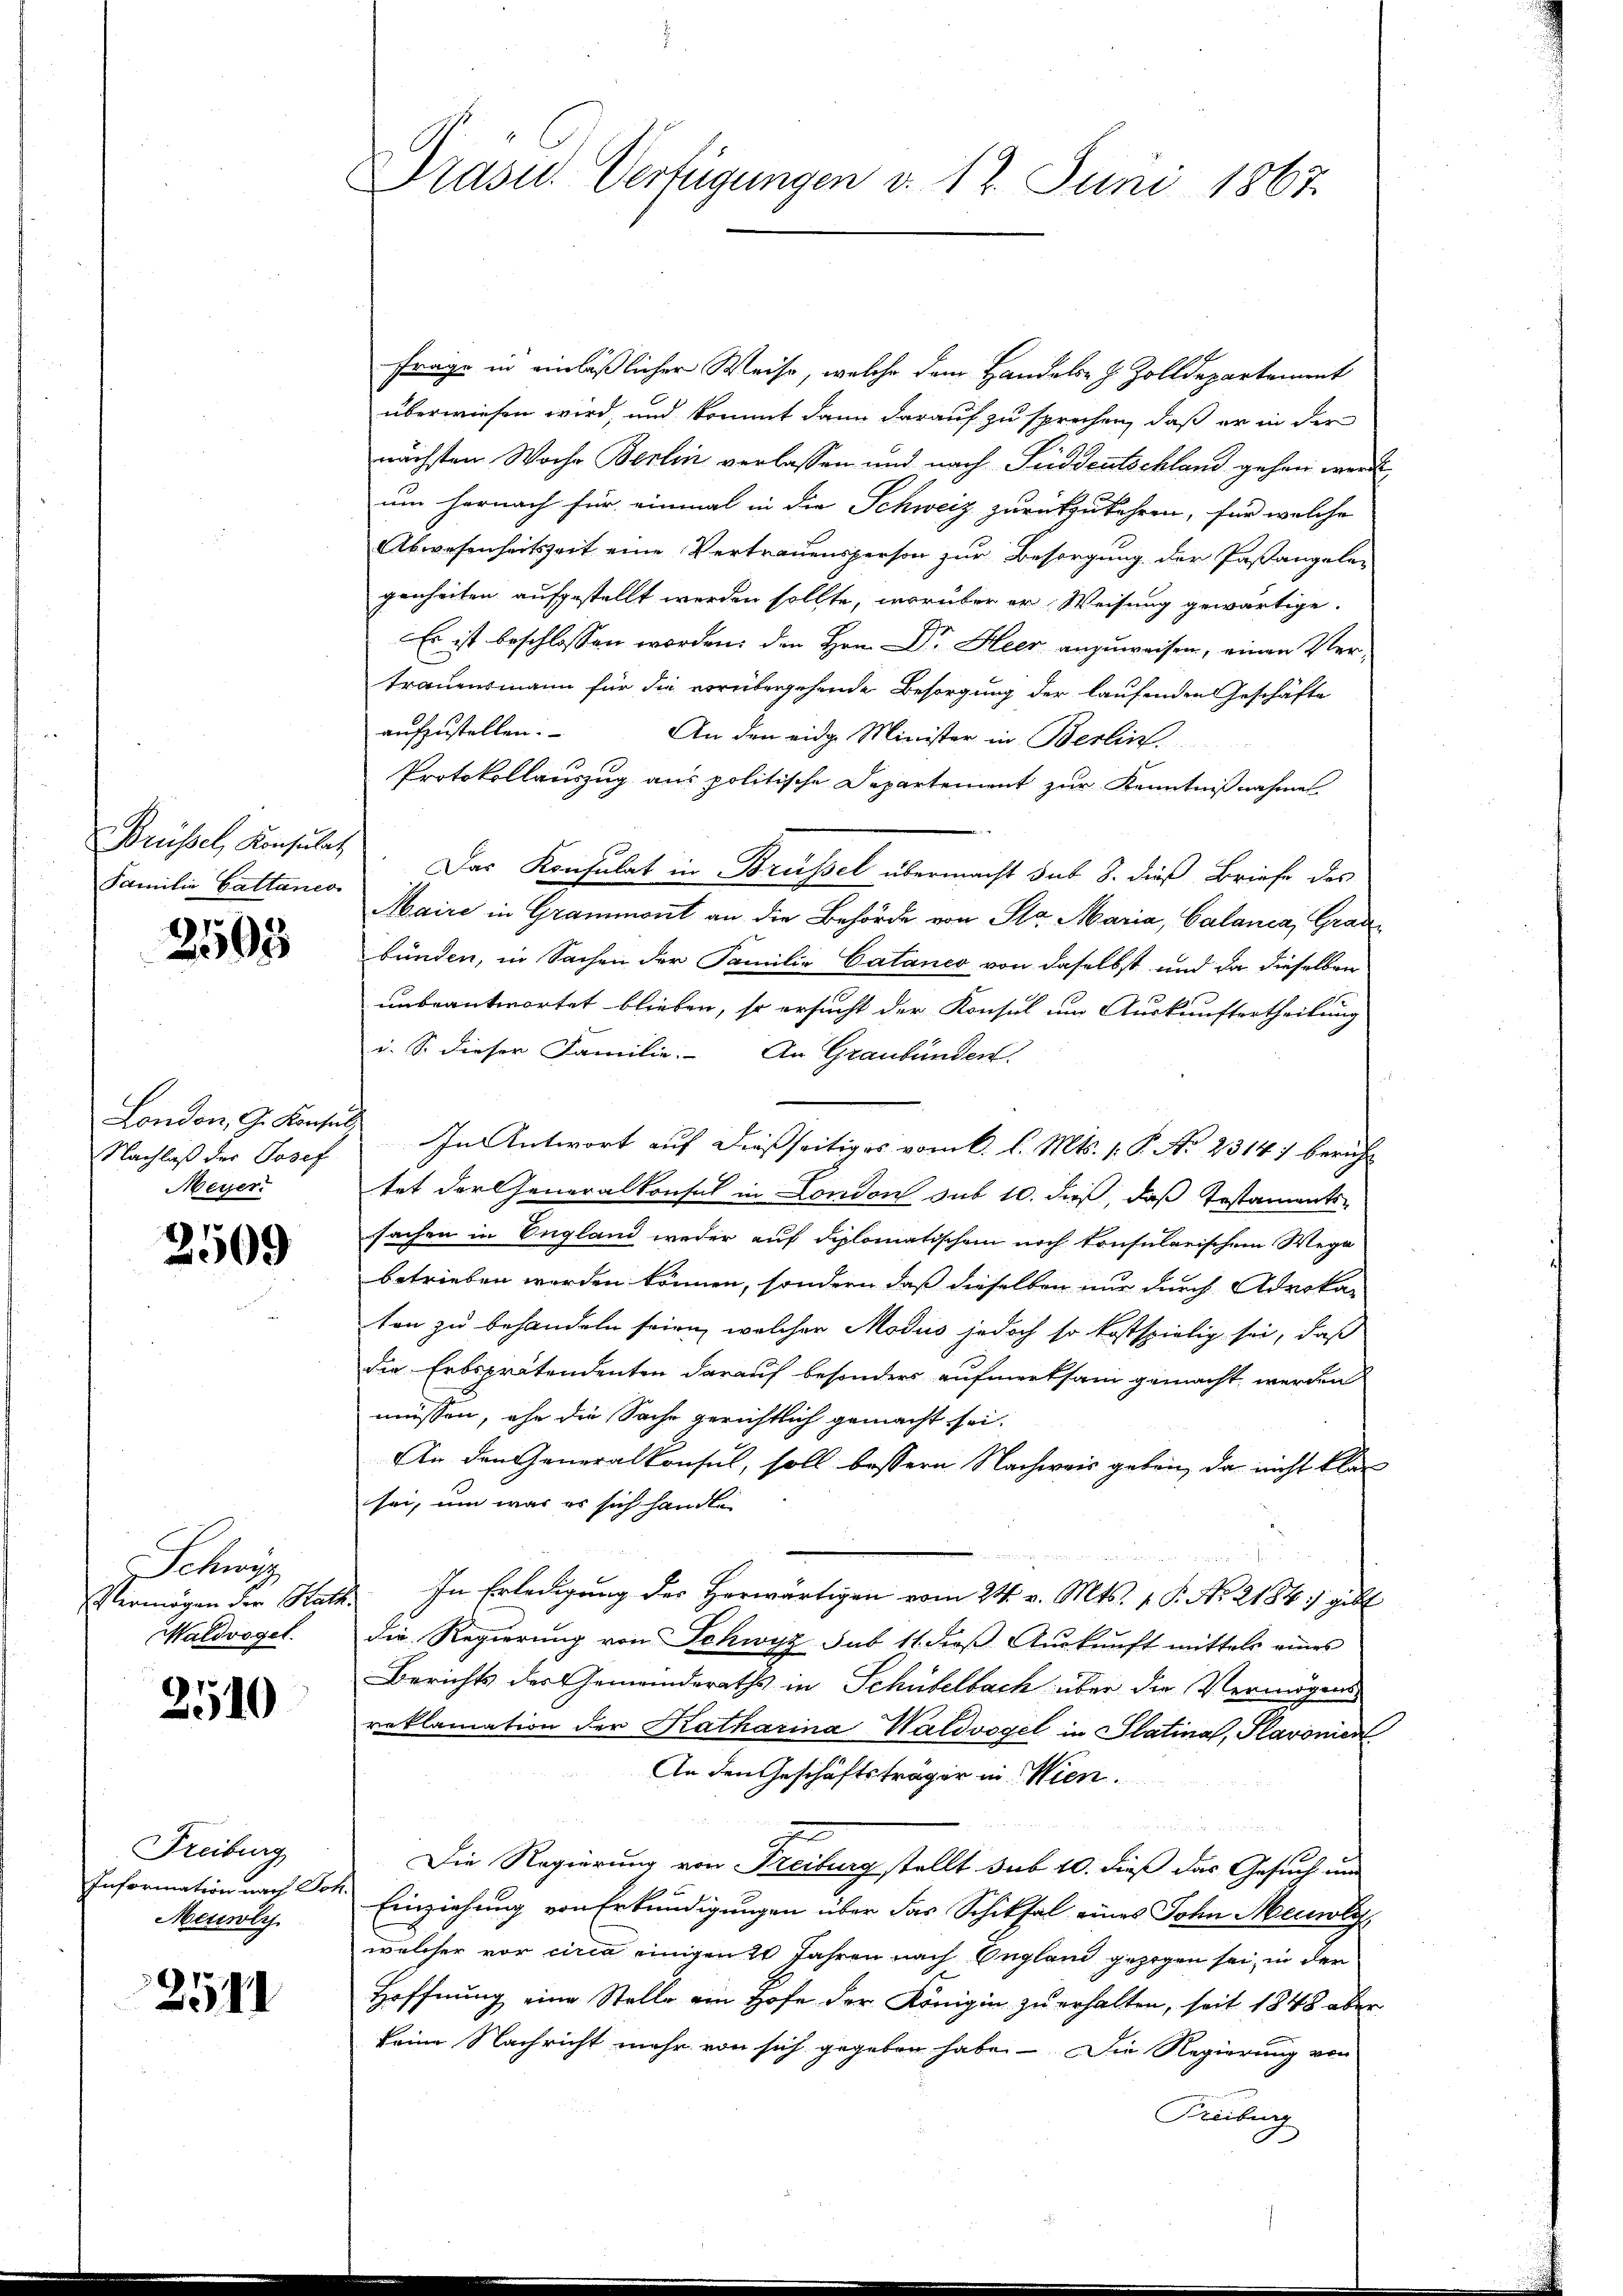
Familie Gattanco

2505

Nachlaß der Josef
Meyer.

2509

Schweiz
Vermögen der Rate
Waldvogel.

2510

Freiburg
Information nach Fo
Meuwly

2591

Präses Verfügungen v. 12. Juni 1867.

Frage in einläßlicher Weise, welche dem Handels z. Zolldepartement
überwiesen wird, und kommt dann darauf zu sprechen, daß er in der
nächsten Woche Berlin verlassen und nach Süddeutschland gehen werde
um hernach für einmal in die Schweiz zurückzukehren, für welche
Abwesenheitszeit eine Vertrauensperson zur Besorgung der Pastangeler
genheiten aufgestellt werden sollte, worüber er Weisung gewärtige.
Es ist beschlossen worden, den Hrn. Dr. Heer anzuweisen, einen Vertrauensmann für die vorübergehende Besorgung der laufenden Geschäfte
aufzustellen.
An den eidg. Minister in Berlin
Protokollauszug aus politische Departement zur Kenntnißnahmen.
Brüssel, Konsulat. Das Konsulat in Brüssel übermacht sub 8. dieß Briefe des
Maire in Grammont an die Behörde von Sr. Maria, Calanca, Graubünden, in Sachen der Familie Catanes von daselbst und da dieselben
unbeantwortet blieben, so ersucht der Konsul um Auskunftertheilung
i. S. dieser Familie. An Graubünden.
London, G. Konsul In Antwort auf dießseitiges vom 6. l. Mts. v. P. No 2314) bericht
tet der Generalkonsul in London sub 10. dieß, daß Testamentssachen in England weder auf diplomatischem noch konsularischem Wege
betrieben worden können, sondern daß dieselben nur durch Advokaten zu behandeln seien, welcher Modus jedoch so kostspielig sei, daß
die Erbsprätendenten darauf besonders aufmerksam gemacht werden
müssen, ehe die Sache gerichtlich gemacht sei.
An den Generalkonsul, soll bessern Nachweis geben, da nicht klei
sei, um war es sich handle
In Erledigung des Herwärtigen vom 24. v. Mts. 1. P. No. 2184, gibt
¬
die Regierung von Schwyz sub 11 dieβ Aŭskŭnft mittels eines
Berichts der Gemeinderaths in Schübelbach über die Vermögens-
reklamation der Katharina Waldvogel in Slatina, Plavonier
An den Geschäftsträger in Wien.
u
e
Die Regierung von Freiburg stellt sub 10. dieß das Gesuch und
Einziehung von Erkundigungen über das Schiksal eines John Meuwly,
welcher vor circa einigen 20 Jahren nach England gezogen sei, in der
Hoffnung eine Stelle am Hofe der Königin zu erhalten, seit 1848 aber
keine Nachricht mehr von sich gegeben habe. Die Regierung von
Treiburg